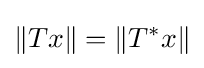
\|Tx\|=\|T^{\ast }x\|